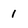
Character: 1